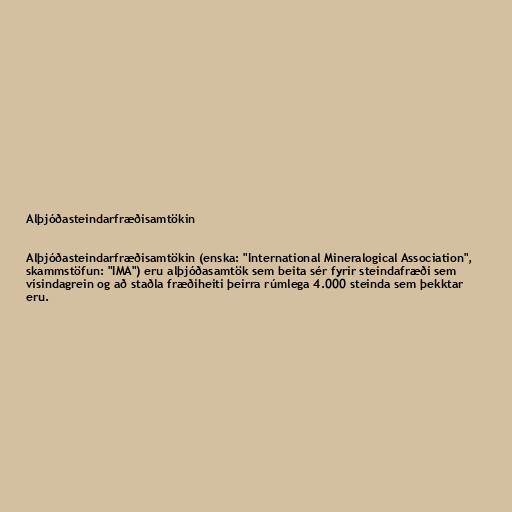
Alþjóðasteindarfræðisamtökin

Alþjóðasteindarfræðisamtökin (enska: "International Mineralogical Association",
skammstöfun: "IMA") eru alþjóðasamtök sem beita sér fyrir steindafræði sem
vísindagrein og að staðla fræðiheiti þeirra rúmlega 4.000 steinda sem þekktar
eru.